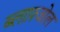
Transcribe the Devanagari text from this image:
ब्लाफ़्जोल